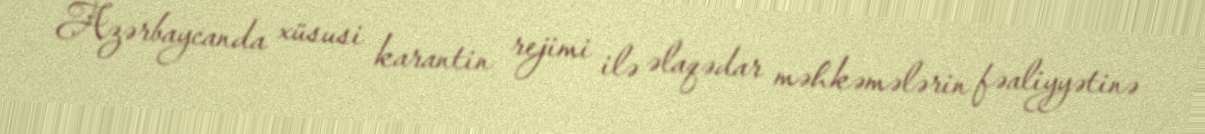
Azərbaycanda xüsusi karantin rejimi ilə əlaqədar məhkəmələrin fəaliyyətinə